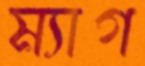
ম্যাগ